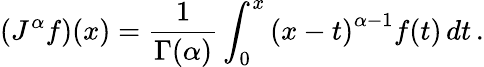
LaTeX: \left(J^{\alpha}f\right)(x)={\frac{1}{\Gamma(\alpha)}}\int_{0}^{x}\left(x-t\right)^{\alpha-1}f(t)\, dt\, .